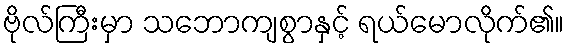
ဗိုလ်ကြီးမှာ သဘောကျစွာနှင့် ရယ်မောလိုက်၏။